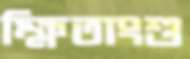
ক্ষিতাংশু